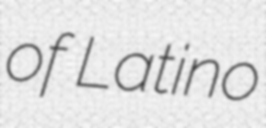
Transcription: of Latino